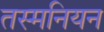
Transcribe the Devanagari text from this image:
तस्मनियन